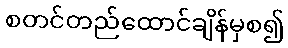
စတင်တည်ထောင်ချိန်မှစ၍